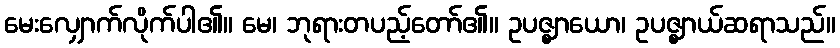
မေးလျှောက်လိုက်ပါ၏။ မေ၊ ဘုရားတပည့်တော်၏။ ဥပဇ္ဈာယော၊ ဥပဇ္ဈာယ်ဆရာသည်။